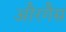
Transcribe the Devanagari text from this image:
औरगैस